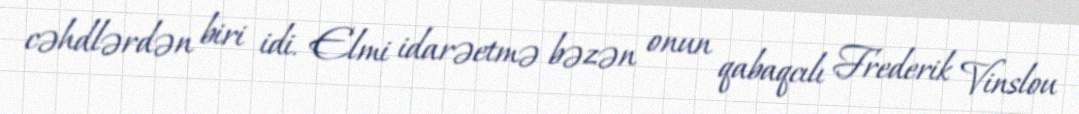
cəhdlərdən biri idi. Elmi idarəetmə bəzən onun qabaqcılı Frederik Vinslou